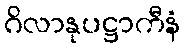
ဂိလာနုပဋ္ဌာကီနံ